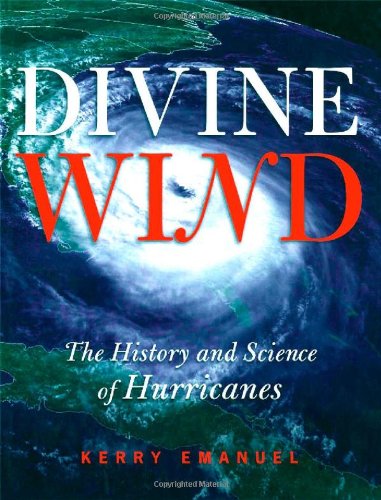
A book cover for Divine Wind: The History and Science of Hurricanes; Kerry Emanuel; Science & Math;